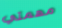
مهمتي